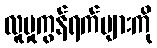
လူမှုကွန်ရက်များကို